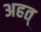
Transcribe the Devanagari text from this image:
अहत्